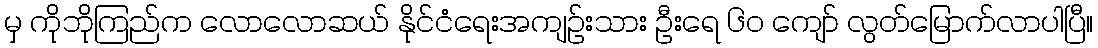
မှ ကိုဘိုကြည်က လောလောဆယ် နိုင်ငံရေးအကျဉ်းသား ဦးရေ ၆၀ ကျော် လွတ်မြောက်လာပါပြီ။